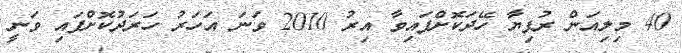
40 މިލިއަން ރުފިޔާ ހޭދަކޮށްފައިވާ އިރު 2010 ވަނަ އަހަރު ހަރަދުކޮށްފައި ވަނީ